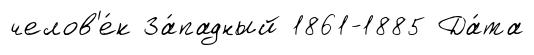
челов'е́к За́падный 1861-1885 Да́та